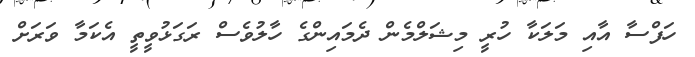
ހަފްސާ އާއި މަލަކާ ހުރީ މިޝަލްމެން ދެމައިންގެ ހާލުވެސް ރަގަޅުވީތީ އެކަމާ ވަރަށް